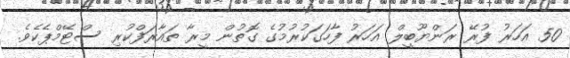
50 އަހަރު ފުރޭ ރަންޔޫބީލް އަހަރު ފާހަގަކުރުމުގެ ގޮތުން މީރާ ތައާރަފްކުރި ސްޓޭމްޕެކެވެ.